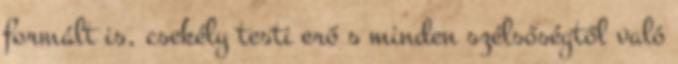
formált is, csekély testi erő s minden szélsőségtől való